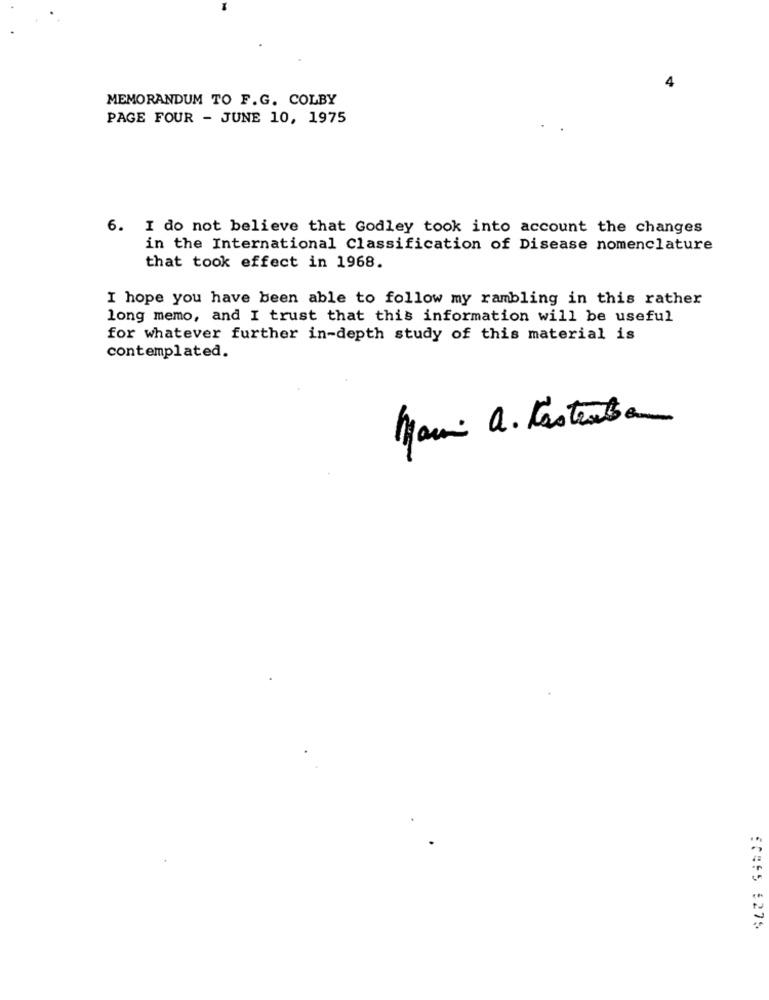
4
MEMORANDUM TO F.G. COLBY
PAGE FOUR - JUNE 10, 1975
6. I do not believe that Godley took into account the changes
in the International Classification of Disease nomenclature
that took effect in 1968.
I hope you have been able to follow my rambling in this rather
long memo, and I trust that this information will be useful
for whatever further in-depth study of this material is
contemplated.
Main a. Kastenba
50455 6275